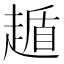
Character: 䞺